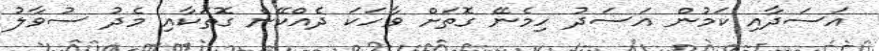
އަސަދާއި ކަމުން އަސަދު ހިމެނޭ ގޮތަށް ވާހަކަ ދެއްކޭނެ ގޮތަކާއި މެދު ސުވާލު